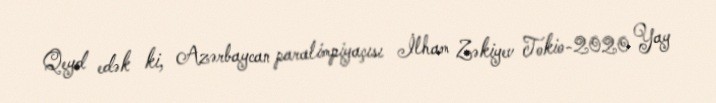
Qeyd edək ki, Azərbaycan paralimpiyaçısı İlham Zəkiyev Tokio-2020 Yay